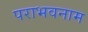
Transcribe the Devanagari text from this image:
पराभवनाम